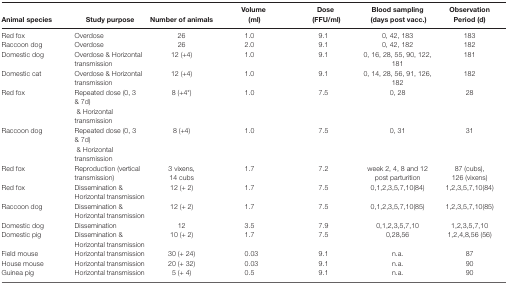
<table><thead><tr><td><b>Animal species</b></td><td><b>Study purpose</b></td><td><b>Number of animals</b></td><td><b>Volume (ml)</b></td><td><b>Dose (FFU/ml)</b></td><td><b>Blood sampling (days post vacc.)</b></td><td><b>ObservationPeriod (d)</b></td></tr></thead><tbody><tr><td>Red fox</td><td>Overdose</td><td>26</td><td>1.0</td><td>9.1</td><td>0, 42, 183</td><td>183</td></tr><tr><td>Raccoon dog</td><td>Overdose</td><td>26</td><td>2.0</td><td>9.1</td><td>0, 42, 182</td><td>182</td></tr><tr><td>Domestic dog</td><td>Overdose &amp; Horizontal transmission</td><td>12 (+4)</td><td>1.0</td><td>9.1</td><td>0, 16, 28, 55, 90, 122, 181</td><td>181</td></tr><tr><td>Domestic cat</td><td>Overdose &amp; Horizontal transmission</td><td>12 (+4)</td><td>1.0</td><td>9.1</td><td>0, 14, 28, 56, 91, 126, 182</td><td>182</td></tr><tr><td>Red fox</td><td>Repeated dose (0, 3 &amp; 7d) &amp; Horizontal transmission</td><td>8 (+4*)</td><td>1.0</td><td>7.5</td><td>0, 28</td><td>28</td></tr><tr><td>Raccoon dog</td><td>Repeated dose (0, 3 &amp; 7d) &amp; Horizontal transmission</td><td>8 (+4)</td><td>1.0</td><td>7.5</td><td>0, 31</td><td>31</td></tr><tr><td>Red fox</td><td>Reproduction (vertical transmission)</td><td>3 vixens, 14 cubs</td><td>1.7</td><td>7.2</td><td>week 2, 4, 8 and 12 post parturition</td><td>87 (cubs), 126 (vixens)</td></tr><tr><td>Red fox</td><td>Dissemination &amp; Horizontal transmission</td><td>12 (+ 2)</td><td>1.7</td><td>7.5</td><td>0,1,2,3,5,7,10(84)</td><td>1,2,3,5,7,10(84)</td></tr><tr><td>Raccoon dog</td><td>Dissemination &amp; Horizontal transmission</td><td>12 (+ 2)</td><td>1.7</td><td>7.5</td><td>0,1,2,3,5,7,10(85)</td><td>1,2,3,5,7,10(85)</td></tr><tr><td>Domestic dog</td><td>Dissemination</td><td>12</td><td>3.5</td><td>7.9</td><td>0,1,2,3,5,7,10</td><td>1,2,3,5,7,10</td></tr><tr><td>Domestic pig</td><td>Dissemination &amp; Horizontal transmission</td><td>10 (+ 2)</td><td>1.7</td><td>7.5</td><td>0,28,56</td><td>1,2,4,8,56 (56)</td></tr><tr><td>Field mouse</td><td>Horizontal transmission</td><td>30 (+ 24)</td><td>0.03</td><td>9.1</td><td>n.a.</td><td>87</td></tr><tr><td>House mouse</td><td>Horizontal transmission</td><td>20 (+ 32)</td><td>0.03</td><td>9.1</td><td>n.a.</td><td>90</td></tr><tr><td>Guinea pig</td><td>Horizontal transmission</td><td>5 (+ 4)</td><td>0.5</td><td>9.1</td><td>n.a.</td><td>90</td></tr></tbody></table>